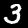
Digit: 3